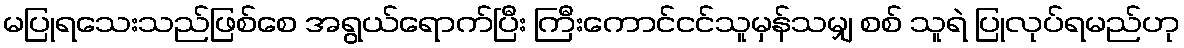
မပြုရသေးသည်ဖြစ်စေ အရွယ်ရောက်ပြီး ကြီးကောင်ငင်သူမှန်သမျှ စစ် သူရဲ ပြုလုပ်ရမည်ဟု